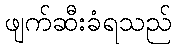
ဖျက်ဆီးခံရသည်